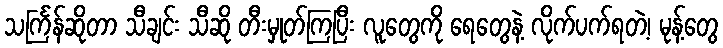
သင်္ကြန်ဆိုတာ သီချင်း သီဆို တီးမှုတ်ကြပြီး လူတွေကို ရေတွေနဲ့ လိုက်ပက်ရတဲ့၊ မုန့်တွေ